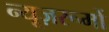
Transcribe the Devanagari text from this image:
न्यूज़रूमों